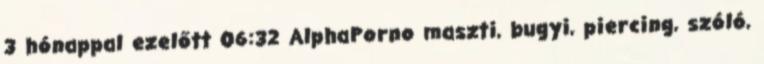
3 hónappal ezelőtt 06:32 AlphaPorno maszti, bugyi, piercing, szóló,